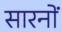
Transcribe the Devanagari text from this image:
सारनों